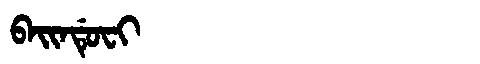
Manchu: ᠪᠠᡳᠨᡩᡠᠸᡳ
Romanization: BAINDUFI